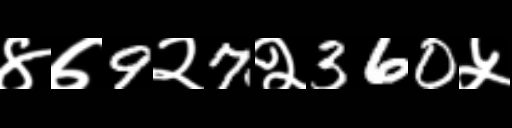
Text: ४७9२7२360५